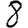
Digit: 8